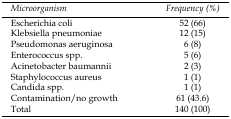
<table><thead><tr><td><b>Microorganism</b></td><td><b>Frequency (%)</b></td></tr></thead><tbody><tr><td>Escherichia coli</td><td>52 (66)</td></tr><tr><td>Klebsiella pneumoniae</td><td>12 (15)</td></tr><tr><td>Pseudomonas aeruginosa</td><td>6 (8)</td></tr><tr><td>Enterococcus spp.</td><td>5 (6)</td></tr><tr><td>Acinetobacter baumannii</td><td>2 (3)</td></tr><tr><td>Staphylococcus aureus</td><td>1 (1)</td></tr><tr><td>Candida spp.</td><td>1 (1)</td></tr><tr><td>Contamination/no growth</td><td>61 (43.6)</td></tr><tr><td>Total</td><td>140 (100)</td></tr></tbody></table>